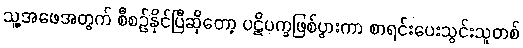
သူ့အဖေအတွက် စီစဉ်နိုင်ပြီဆိုတော့ ပဋိပက္ခဖြစ်ပွားကာ စာရင်းပေးသွင်းသူတစ်